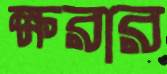
ক্ষরার